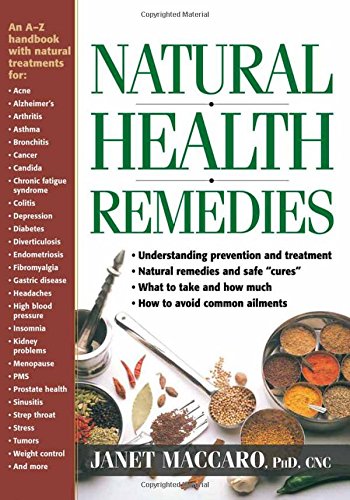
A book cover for Natural Health Remedies: An A-Z handbook with natural treatments; Janet Maccaro PhD  CNC; Health, Fitness & Dieting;